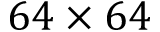
6 4 \times 6 4